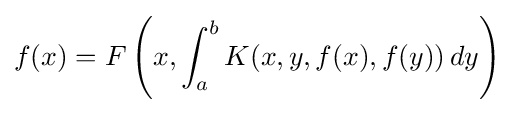
f(x)=F\left(x,\int _{a}^{b}K(x,y,f(x),f(y))\,dy\right)